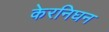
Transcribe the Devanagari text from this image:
केरनिघन